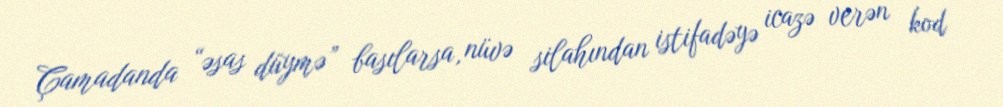
Çamadanda “əsas düymə” basılarsa, nüvə silahından istifadəyə icazə verən kod